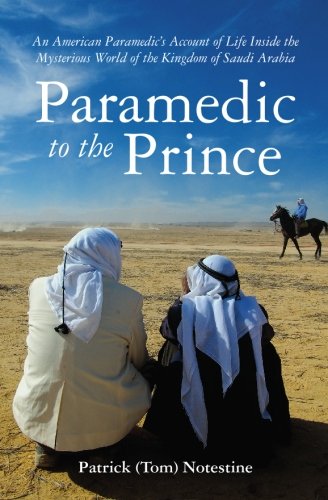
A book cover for Paramedic to the Prince: An American Paramedic's Account of Life Inside the Mysterious World of the Kingdom of Saudi Arabia; Patrick (Tom) Notestine; History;